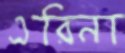
এরিনা